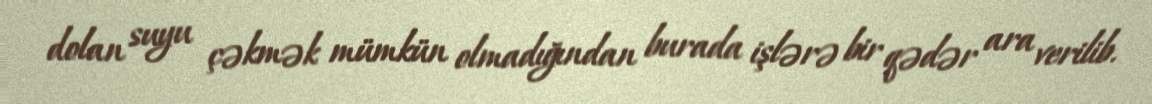
dolan suyu çəkmək mümkün olmadığından burada işlərə bir qədər ara verilib.